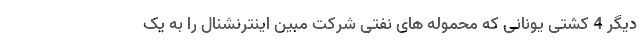
دیگر 4 کشتی یونانی که محموله های نفتی شرکت مبین اینترنشنال را به یک